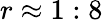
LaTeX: r\approx 1:8